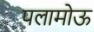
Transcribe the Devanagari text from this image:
पलामोऊ